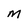
Character: M